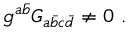
g ^ { a { \bar { b } } } G _ { a { \bar { b } } c { \bar { d } } } \ne 0 \ .